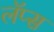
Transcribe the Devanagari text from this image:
लॅप्स